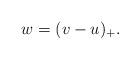
LaTeX: \begin{align*}w=(v-u)_+.\end{align*}